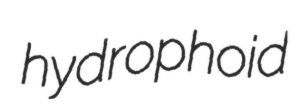
hydrophoid